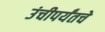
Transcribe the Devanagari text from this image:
उंचीपर्यंतचे